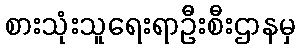
စားသုံးသူရေးရာဦးစီးဌာနမှ